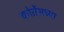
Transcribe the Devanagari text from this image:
कोर्तेसच्या